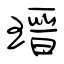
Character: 瑨